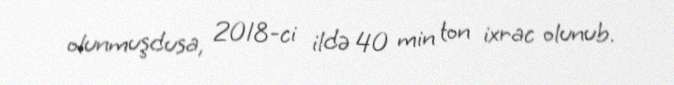
olunmuşdusa, 2018-ci ildə 40 min ton ixrac olunub.